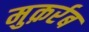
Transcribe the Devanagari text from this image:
मुक़र्रब